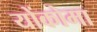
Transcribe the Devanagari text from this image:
योंकोमा